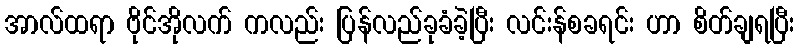
အာလ်ထရာ ဗိုင်အိုလက် ကလည်း ပြန်လည်ခုခံခဲ့ပြီး လင်းန်စခရင်း ဟာ စိတ်ချရပြီး